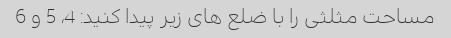
مساحت مثلثی را با ضلع های زیر پیدا کنید: 4، 5 و 6